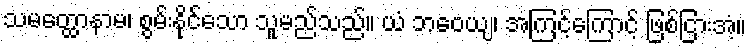
သမတ္ထောနာမ၊ စွမ်းနိုင်သော သူမည်သည်။ ယံ ဘဝေယျ၊ အကြင့်ကြောင့် ဖြစ်ငြားအံ့။